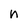
Character: n